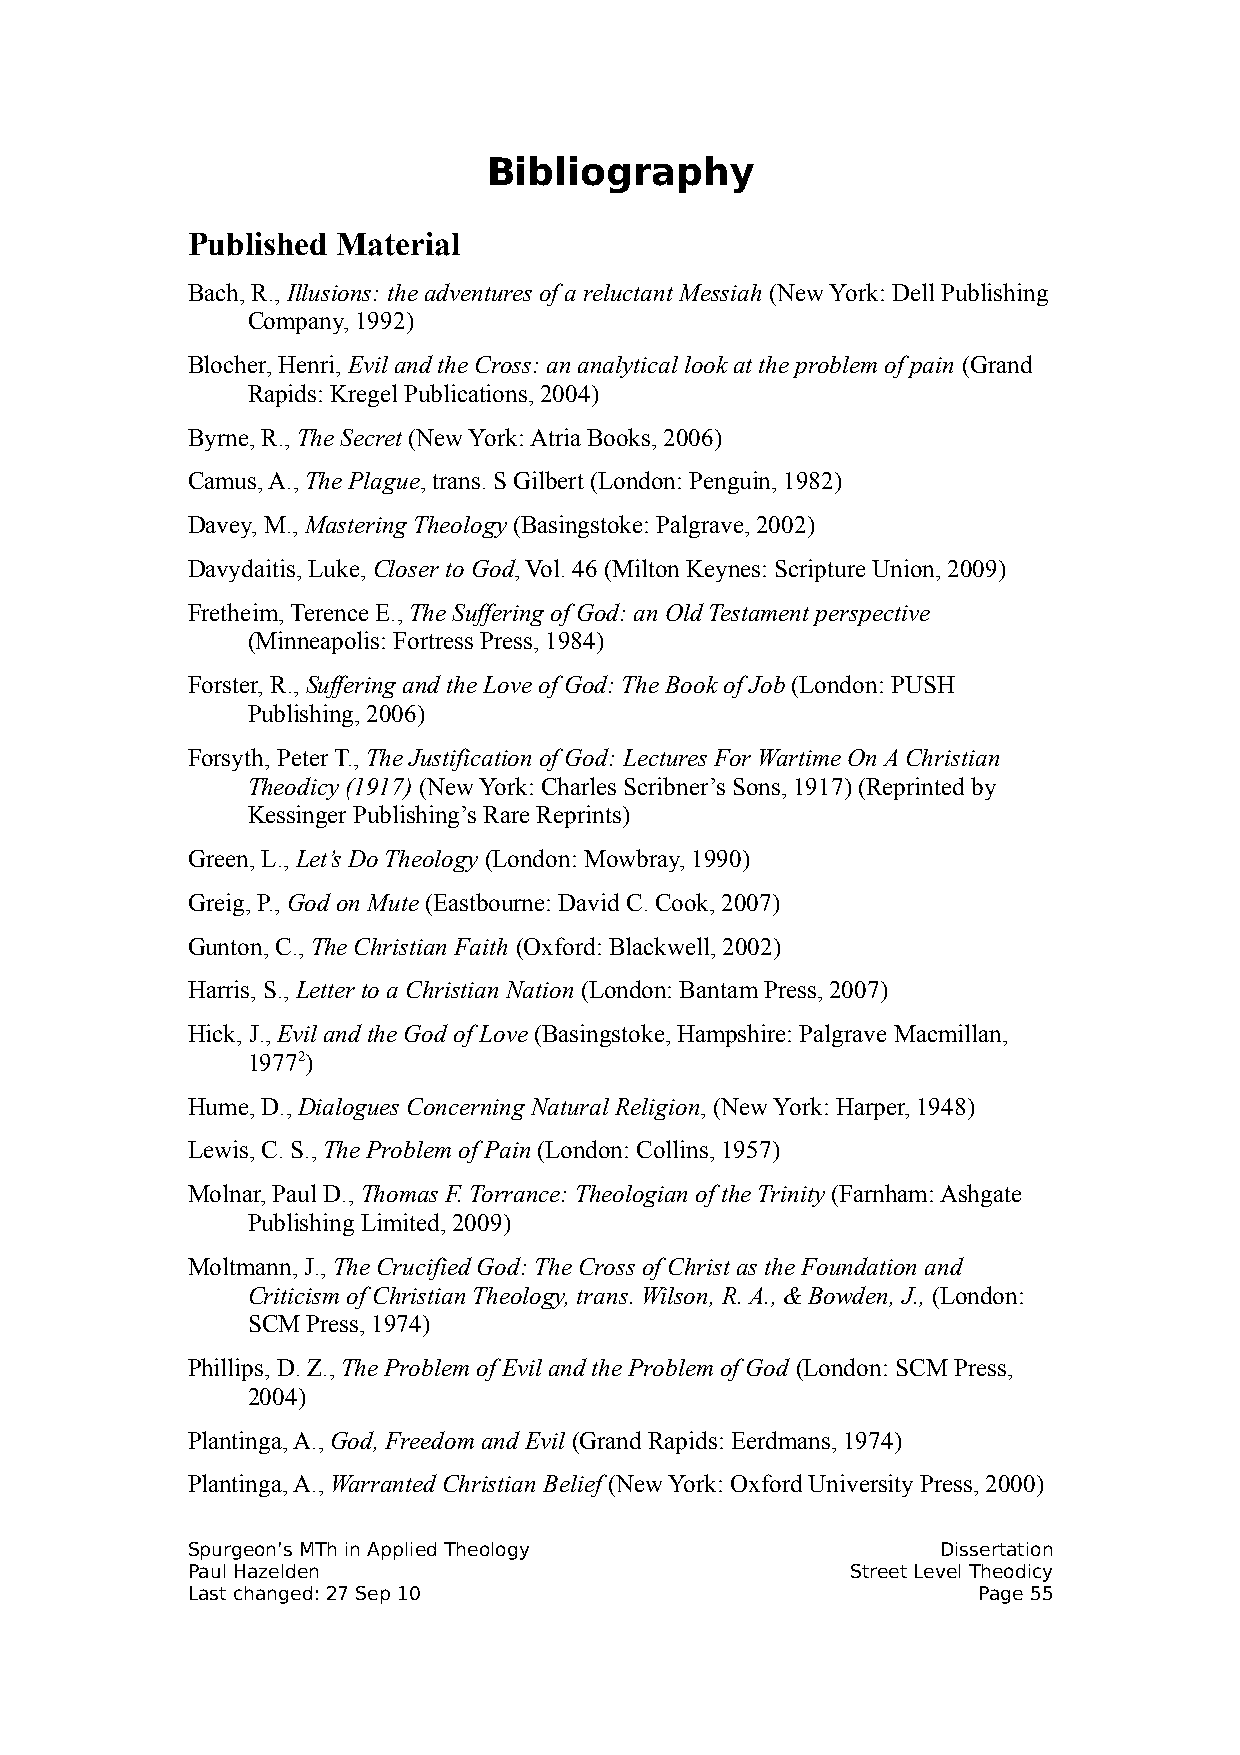
Bibliography
 Published Material
 Bach, R., Illusions: the adventures of a reluctant Messiah (New York: Dell Publishing
 Company, 1992)
 Blocher, Henri, Evil and the Cross: an analytical look at the problem of pain (Grand
 Rapids: Kregel Publications, 2004)
 Byrne, R., The Secret (New York: Atria Books, 2006)
 Camus, A., The Plague, trans. S Gilbert (London: Penguin, 1982)
 Davey, M., Mastering Theology (Basingstoke: Palgrave, 2002)
 Davydaitis, Luke, Closer to God, Vol. 46 (Milton Keynes: Scripture Union, 2009)
 Fretheim, Terence E., The Suffering of God: an Old Testament perspective
 (Minneapolis: Fortress Press, 1984)
 Forster, R., Suffering and the Love of God: The Book of Job (London: PUSH
 Publishing, 2006)
 Forsyth, Peter T., The Justification of God: Lectures For Wartime On A Christian
 Theodicy (1917) (New York: Charles Scribner’s Sons, 1917) (Reprinted by
 Kessinger Publishing’s Rare Reprints)
 Green, L., Let’s Do Theology (London: Mowbray, 1990)
 Greig, P., God on Mute (Eastbourne: David C. Cook, 2007)
 Gunton, C., The Christian Faith (Oxford: Blackwell, 2002)
 Harris, S., Letter to a Christian Nation (London: Bantam Press, 2007)
 Hick, J., Evil and the God of Love (Basingstoke, Hampshire: Palgrave Macmillan,
 19772)
 Hume, D., Dialogues Concerning Natural Religion, (New York: Harper, 1948)
 Lewis, C. S., The Problem of Pain (London: Collins, 1957)
 Molnar, Paul D., Thomas F. Torrance: Theologian of the Trinity (Farnham: Ashgate
 Publishing Limited, 2009)
 Moltmann, J., The Crucified God: The Cross of Christ as the Foundation and
 Criticism of Christian Theology, trans. Wilson, R. A., & Bowden, J., (London:
 SCM Press, 1974)
 Phillips, D. Z., The Problem of Evil and the Problem of God (London: SCM Press,
 2004)
 Plantinga, A., God, Freedom and Evil (Grand Rapids: Eerdmans, 1974)
 Plantinga, A., Warranted Christian Belief (New York: Oxford University Press, 2000)
 Spurgeon’s MTh in Applied Theology                Dissertation
 Paul Hazelden                               Street Level Theodicy
 Last changed: 27 Sep 10                              Page 55